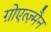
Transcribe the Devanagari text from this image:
ग़ोएत्ज़्मैन